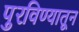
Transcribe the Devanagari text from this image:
पुरविण्यातून